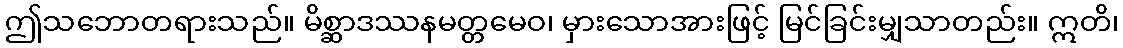
ဤသဘောတရားသည်။ မိစ္ဆာဒဿနမတ္တမေဝ၊ မှားသောအားဖြင့် မြင်ခြင်းမျှသာတည်း။ ဣတိ၊